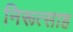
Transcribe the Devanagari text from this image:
निरूत्साह